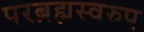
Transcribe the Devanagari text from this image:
परब्रह्मस्वरुप